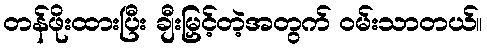
တန်ဖိုးထားပြီး ချီးမြှင့်တဲ့အတွက် ဝမ်းသာတယ်။